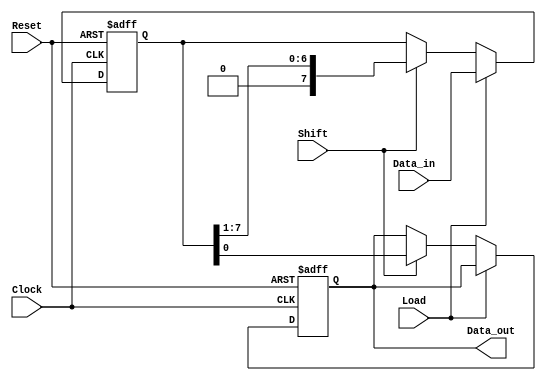
module PISO_Register #(
    parameter DATA_WIDTH = 8, // Configurable width of the data input
    parameter SHIFT_DIRECTION = 0 // 0 for LSB first, 1 for MSB first
)(
    input wire [DATA_WIDTH-1:0] Data_in, // Parallel input bus
    input wire Load,                   // Load control signal
    input wire Shift,                  // Shift control signal
    input wire Clock,                  // Clock signal
    input wire Reset,                  // Asynchronous reset
    output reg Data_out                // Serial output line
);

    reg [DATA_WIDTH-1:0] shift_reg; // Shift register to hold data

    always @(posedge Clock or posedge Reset) begin
        if (Reset) begin
            shift_reg <= {DATA_WIDTH{1'b0}}; // Clear the register
            Data_out <= 1'b0;                // Clear the output
        end else begin
            if (Load) begin
                shift_reg <= Data_in; // Load data into the shift register
            end else if (Shift) begin
                if (SHIFT_DIRECTION == 0) begin // LSB first
                    Data_out <= shift_reg[0]; // Output LSB
                    shift_reg <= {1'b0, shift_reg[DATA_WIDTH-1:1]}; // Shift left
                end else begin // MSB first
                    Data_out <= shift_reg[DATA_WIDTH-1]; // Output MSB
                    shift_reg <= {shift_reg[DATA_WIDTH-2:0], 1'b0}; // Shift right
                end
            end
        end
    end
endmodule